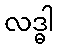
လဒ္ဓါ